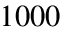
1 0 0 0